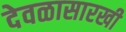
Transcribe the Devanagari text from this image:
देवळासारखी